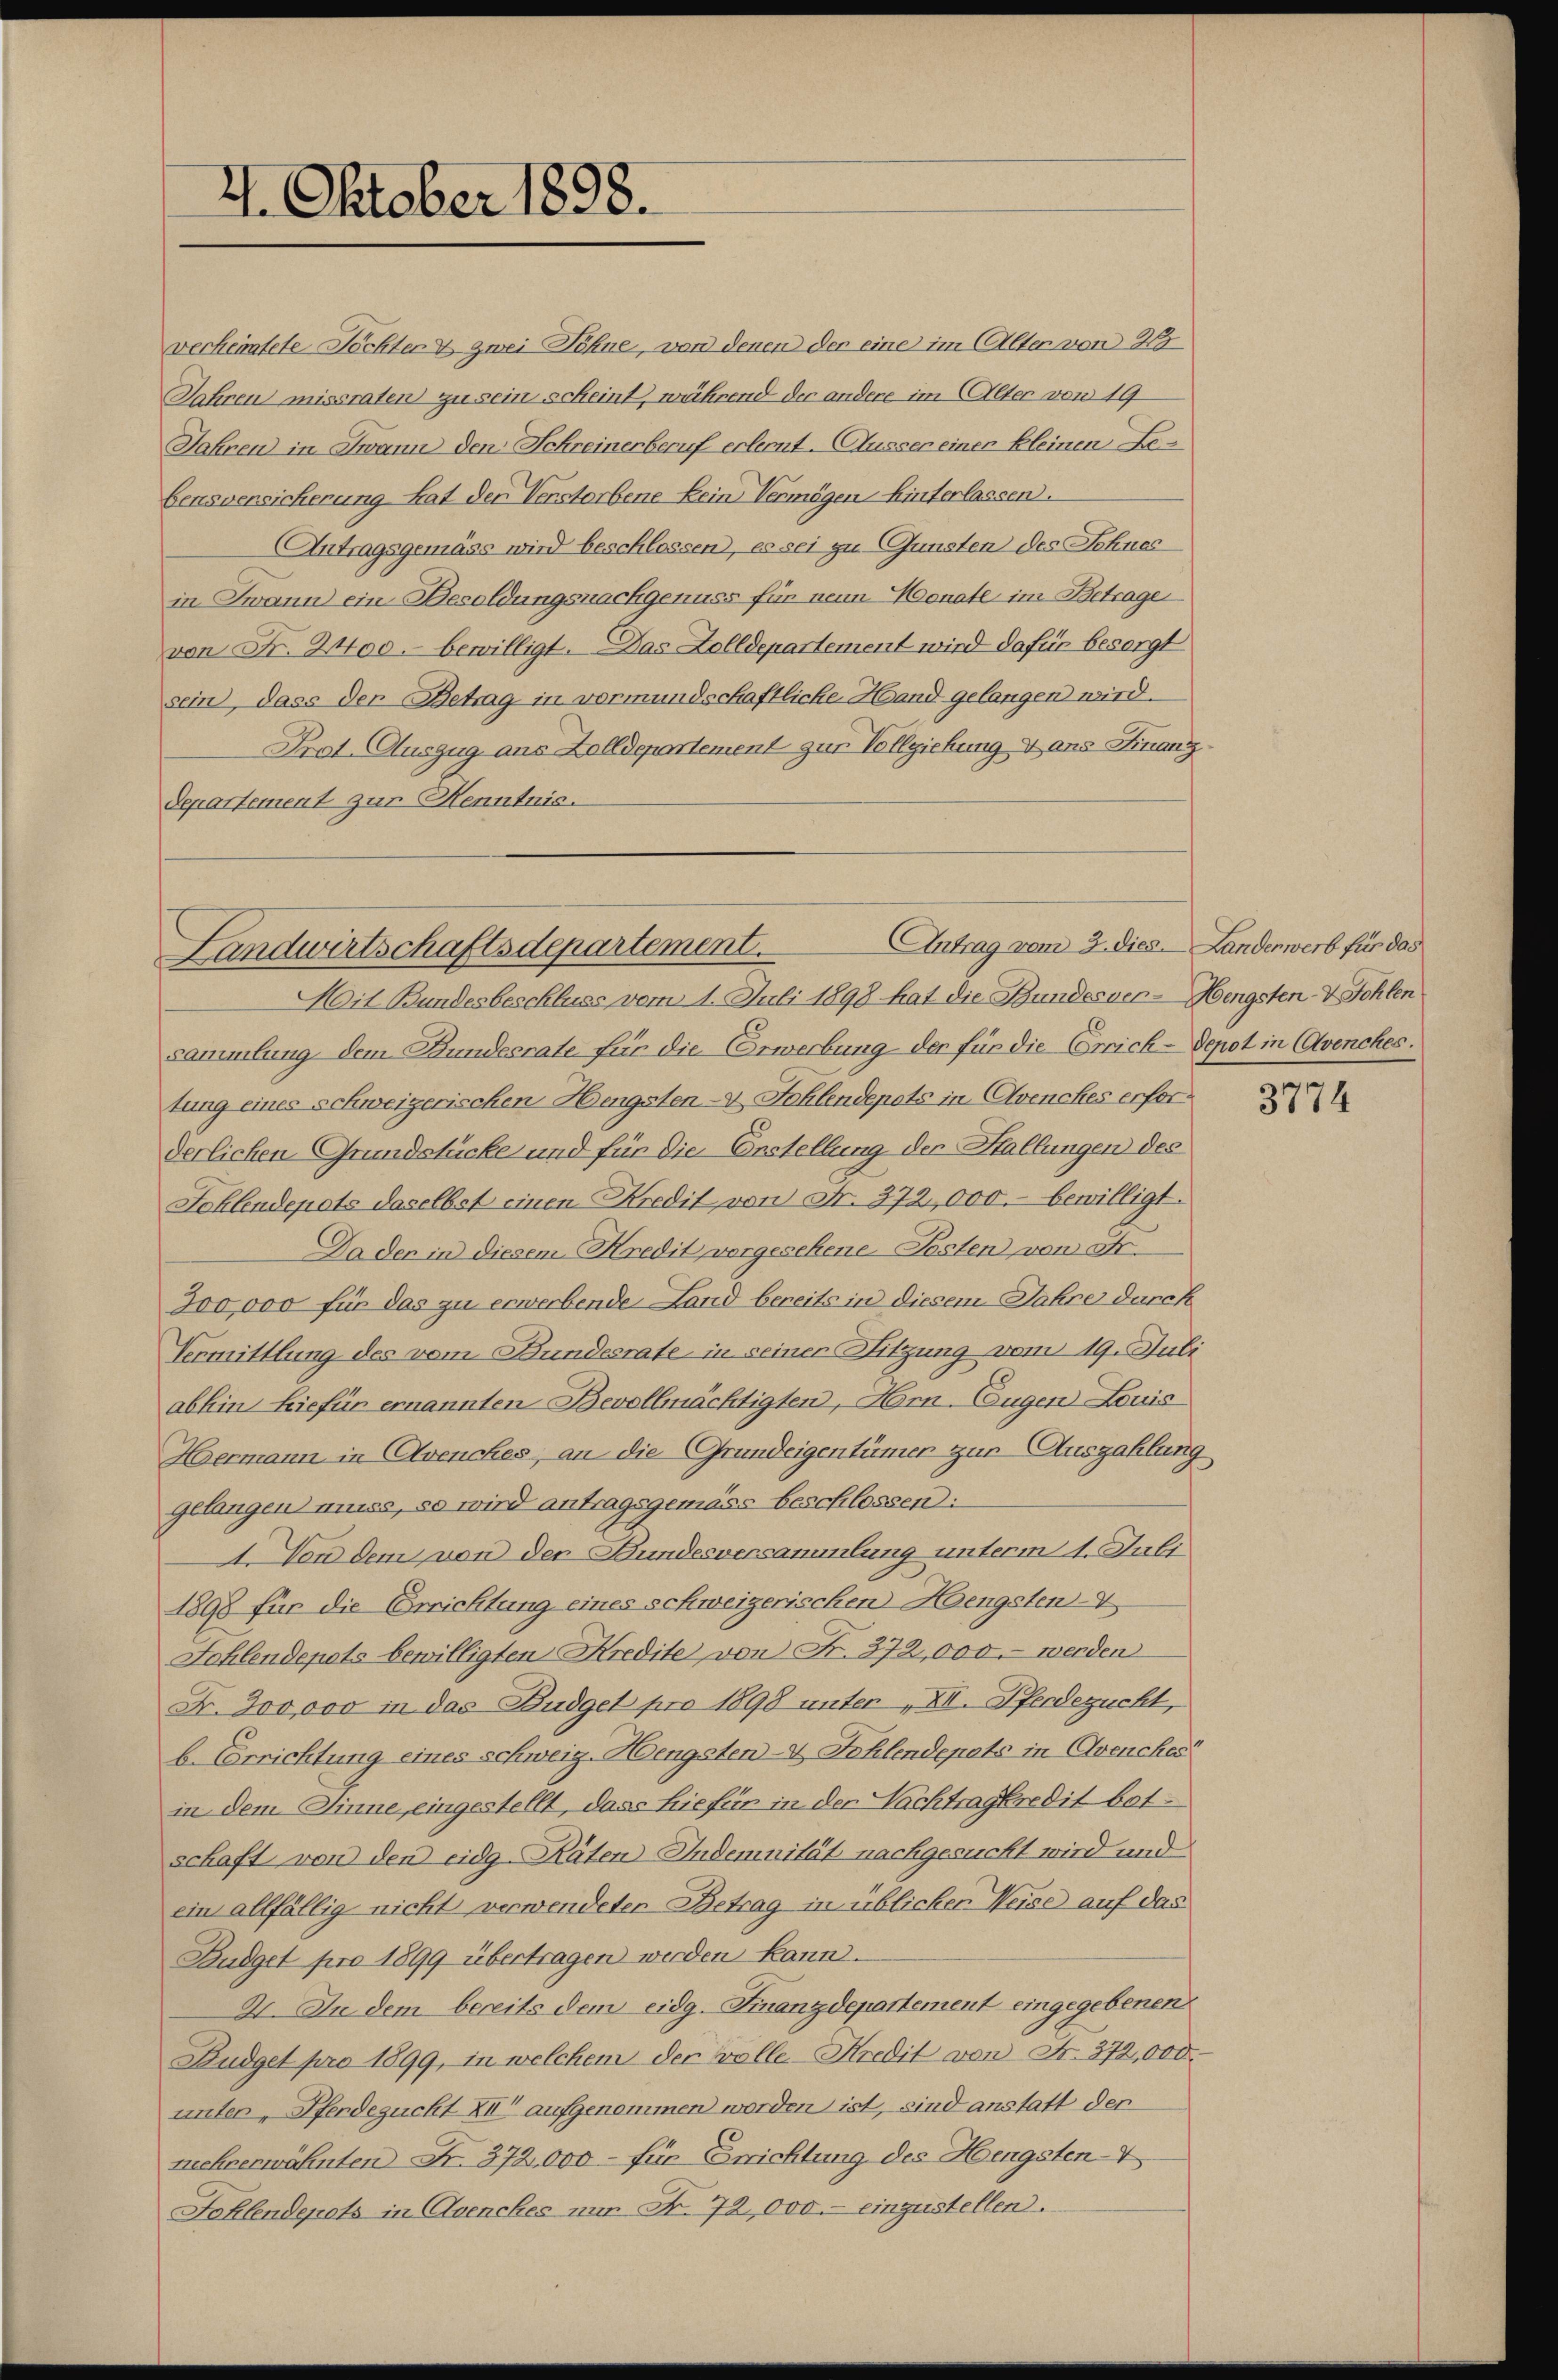
verheimtete Töchter & zwei Söhne, von denen der eine im Alten von 25
Jahren missraten zu sein scheint, während der andere im Alter von 19
Jahren in Zwann den Schreinerberuf erlernt. Ausser einer kleinen Bebensversicherung hat der Verstorbene kein Vermögen hinterlassen.
Antragsgemäss wird beschlossen, es sei zu Gunsten des Schnes
in Zwann ein Besoldungsnachgenuss für neun Monate im Betrage
von Fr. 2400. bewilligt. Das Zolldepartement wird dafür besorgt
sein, dass den Betrag in vormundschaftliche Hand gelangen wird.
Prot. Auszug aus Zolldepartement zur Vollziehung & ans Finanz
Departement zur Kenntnis.

4. Oktober 1898.

Antrag vom 3. dies. Landenwerb für das
Landwirtschaftsdepartement.

Mit Bundesbeschluss vom 1. Juli 1898 hat die Bundesver-Hengsten- & Sohlen
sammlung dem Bundesrate für die Erwerbung der für die Errich-Depot in Avenches:
tung eines schweizerischen Hengsten-V Fohlendepots in Avenches erforderlichen Grundstücke und für die Erstellung der Hallungen des
Johlendepots daselbst einen Kredit von Fr. 372,000.- bewilligt.
Da den in diesem Kredit vorgesehene Posten von Fr.
300,000 für das zu erwerbende Land bereits in diesem Jahre durch
Vermittlung des vom Bundesrate in seiner Sitzung vom 19. Juli
abhin hiefür ernannten Bevollmächtigten, Hrn. Eugen Louis
Hermann in Avenches, an die Grundeigentümer zur Auszahlung
Gefangen muss, so wird antragsgemäss beschlossen:
1. Von dem von der Bundesversammlung unterm 4. Juli
1898 für die Errichtung eines schweizerischen Hoengsten-V
Schlendepots bewilligten Kredite von Nr. 372,000.- werden
Fr. 300,000 in das Budget pro 1898 unter „XII. Pferdezucht,
b. Verrichtung eines schweiz. Hengsten- & Fehlendepats in Avenches
in dem Sinne eingestellt, dass hiefür in der Nachtrageredit botschaft von den eidg-Räten Indemnität nachgesucht wird und
ein allfällig nicht verwendeter Betrag in üblichen Weise auf das
Budget pro 1899 übertragen werden kann.
2. In dem bereits dem eidg. Finanzdepartement eingegebenen
Budget pro 1899, in welchem der wolle Kredit von Fr. 372,000.
unter Pferdeguckt XIII aufgenommen worden ist, sind anstatt der
mchverwähnten Fr. 372,000 - für Errichtung des Hengsten-V
Fohlendepots in Avenches nur Nr. 72, 000.- einzustellen.

3774